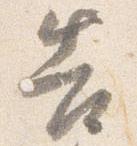
告